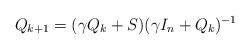
LaTeX: \begin{align*}Q_{k+1}=(\gamma Q_k+S)(\gamma I_n+Q_k)^{-1}\end{align*}